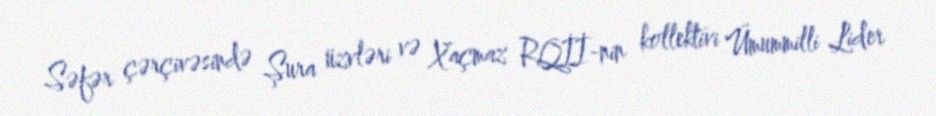
Səfər çərçivəsində Şura üzvləri və Xaçmaz RQİİ-nin kollektivi Ümummilli Lider